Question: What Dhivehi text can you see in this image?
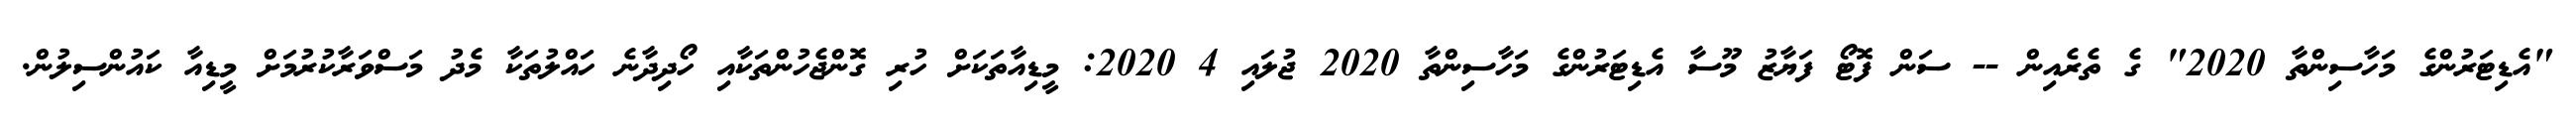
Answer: "އެޑިޓަރުންގެ މަހާސިންތާ 2020" ގެ ތެރެއިން -- ސަން ފޮޓޯ ފަޔާޒު މޫސާ އެޑިޓަރުންގެ މަހާސިންތާ 2020 ޖުލައި 4 2020: މީޑިއާތަކަށް ހުރި ގޮންޖެހުންތަކާއި ހޯދިދާނެ ހައްލުތަކާ މެދު މަސްވަރާކުރުމަށް މީޑިއާ ކައުންސިލުން.